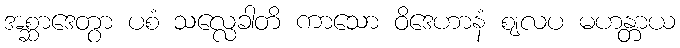
အစ္ဆာဒေတွာ ပစံ သလ္လေခါတိ ကာသော ဝိဒေဟာနံ ဈလပ မဟန္တာယ